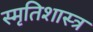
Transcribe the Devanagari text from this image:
स्मृतिशास्त्र